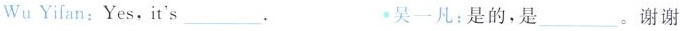
Wu Yifan:Yes,it's___. 吴一凡:是的,是___。谢谢